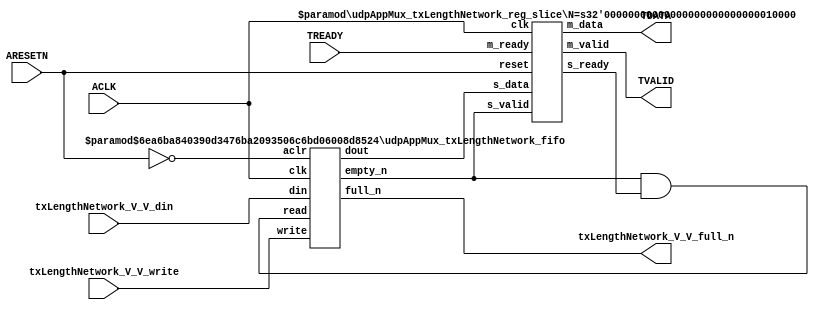
// This program was cloned from: https://github.com/mustafabbas/ECE1373_2016_hft_on_fpga
// License: MIT License

// ==============================================================
// File generated by Vivado(TM) HLS - High-Level Synthesis from C, C++ and SystemC
// Version: 2016.3
// Copyright (C) 1986-2016 Xilinx, Inc. All Rights Reserved.
// 
// ==============================================================


`timescale 1ns/1ps

module udpAppMux_txLengthNetwork_if (
    // AXI4-Stream singals
    input  wire        ACLK,
    input  wire        ARESETN,
    output wire        TVALID,
    input  wire        TREADY,
    output wire [15:0] TDATA,
    // User signals
    input  wire [15:0] txLengthNetwork_V_V_din,
    output wire        txLengthNetwork_V_V_full_n,
    input  wire        txLengthNetwork_V_V_write
);
//------------------------Local signal-------------------
// FIFO
wire [0:0]  fifo_read;
wire [0:0]  fifo_empty_n;
wire [15:0] txLengthNetwork_V_V_dout;
wire [0:0]  txLengthNetwork_V_V_empty_n;
// register slice
wire [0:0]  s_valid;
wire [0:0]  s_ready;
wire [15:0] s_data;
wire [0:0]  m_valid;
wire [0:0]  m_ready;
wire [15:0] m_data;

//------------------------Instantiation------------------
// rs
udpAppMux_txLengthNetwork_reg_slice #(
    .N       ( 16 )
) rs (
    .clk     ( ACLK ),
    .reset   ( ARESETN ),
    .s_data  ( s_data ),
    .s_valid ( s_valid ),
    .s_ready ( s_ready ),
    .m_data  ( m_data ),
    .m_valid ( m_valid ),
    .m_ready ( m_ready )
);

// txLengthNetwork_V_V_fifo
udpAppMux_txLengthNetwork_fifo #(
    .DATA_BITS  ( 16 ),
    .DEPTH_BITS ( 4 )
) txLengthNetwork_V_V_fifo (
    .clk        ( ACLK ),
    .aclr       ( ~ARESETN ),
    .empty_n    ( txLengthNetwork_V_V_empty_n ),
    .full_n     ( txLengthNetwork_V_V_full_n ),
    .read       ( fifo_read ),
    .write      ( txLengthNetwork_V_V_write ),
    .dout       ( txLengthNetwork_V_V_dout ),
    .din        ( txLengthNetwork_V_V_din )
);

//------------------------Body---------------------------
//++++++++++++++++++++++++AXI4-Stream++++++++++++++++++++
assign TVALID = m_valid;
assign TDATA  = m_data[15:0];

//+++++++++++++++++++++++++++++++++++++++++++++++++++++++

//++++++++++++++++++++++++Reigister Slice++++++++++++++++
assign s_valid = fifo_empty_n;
assign m_ready = TREADY;
assign s_data  = {txLengthNetwork_V_V_dout};

//+++++++++++++++++++++++++++++++++++++++++++++++++++++++

//++++++++++++++++++++++++FIFO+++++++++++++++++++++++++++
assign fifo_read    = fifo_empty_n & s_ready;
assign fifo_empty_n = txLengthNetwork_V_V_empty_n;

//+++++++++++++++++++++++++++++++++++++++++++++++++++++++

endmodule



`timescale 1ns/1ps

module udpAppMux_txLengthNetwork_fifo
#(parameter
    DATA_BITS  = 8,
    DEPTH_BITS = 4
)(
    input  wire                 clk,
    input  wire                 aclr,
    output wire                 empty_n,
    output wire                 full_n,
    input  wire                 read,
    input  wire                 write,
    output wire [DATA_BITS-1:0] dout,
    input  wire [DATA_BITS-1:0] din
);
//------------------------Parameter----------------------
localparam
    DEPTH = 1 << DEPTH_BITS;
//------------------------Local signal-------------------
reg                   empty;
reg                   full;
reg  [DEPTH_BITS-1:0] index;
reg  [DATA_BITS-1:0]  mem[0:DEPTH-1];
//------------------------Body---------------------------
assign empty_n = ~empty;
assign full_n  = ~full;
assign dout    = mem[index];

// empty
always @(posedge clk or posedge aclr) begin
    if (aclr)
        empty <= 1'b1;
    else if (empty & write & ~read)
        empty <= 1'b0;
    else if (~empty & ~write & read & (index==1'b0))
        empty <= 1'b1;
end

// full
always @(posedge clk or posedge aclr) begin
    if (aclr)
        full <= 1'b0;
    else if (full & read & ~write)
        full <= 1'b0;
    else if (~full & ~read & write & (index==DEPTH-2'd2))
        full <= 1'b1;
end

// index
always @(posedge clk or posedge aclr) begin
    if (aclr)
        index <= {DEPTH_BITS{1'b1}};
    else if (~empty & ~write & read)
        index <= index - 1'b1;
    else if (~full & ~read & write)
        index <= index + 1'b1;
end

// mem
always @(posedge clk) begin
    if (~full & write) mem[0] <= din;
end

genvar i;
generate
    for (i = 1; i < DEPTH; i = i + 1) begin : gen_sr
        always @(posedge clk) begin
            if (~full & write) mem[i] <= mem[i-1];
        end
    end
endgenerate

endmodule

`timescale 1ns/1ps

module udpAppMux_txLengthNetwork_reg_slice
#(parameter
    N = 8   // data width
) (
    // system signals
    input  wire         clk,
    input  wire         reset,
    // slave side
    input  wire [N-1:0] s_data,
    input  wire         s_valid,
    output wire         s_ready,
    // master side
    output wire [N-1:0] m_data,
    output wire         m_valid,
    input  wire         m_ready
);
//------------------------Parameter----------------------
// state
localparam [1:0]
    ZERO = 2'b10,
    ONE  = 2'b11,
    TWO  = 2'b01;
//------------------------Local signal-------------------
reg  [N-1:0] data_p1;
reg  [N-1:0] data_p2;
wire         load_p1;
wire         load_p2;
wire         load_p1_from_p2;
reg          s_ready_t;
reg  [1:0]   state;
reg  [1:0]   next;
//------------------------Body---------------------------
assign s_ready = s_ready_t;
assign m_data  = data_p1;
assign m_valid = state[0];

assign load_p1 = (state == ZERO && s_valid) ||
                 (state == ONE && s_valid && m_ready) ||
                 (state == TWO && m_ready);
assign load_p2 = s_valid & s_ready;
assign load_p1_from_p2 = (state == TWO);

// data_p1
always @(posedge clk) begin
    if (load_p1) begin
        if (load_p1_from_p2)
            data_p1 <= data_p2;
        else
            data_p1 <= s_data;
    end
end

// data_p2
always @(posedge clk) begin
    if (load_p2) data_p2 <= s_data;
end

// s_ready_t
always @(posedge clk) begin
    if (~reset)
        s_ready_t <= 1'b0;
    else if (state == ZERO)
        s_ready_t <= 1'b1;
    else if (state == ONE && next == TWO)
        s_ready_t <= 1'b0;
    else if (state == TWO && next == ONE)
        s_ready_t <= 1'b1;
end

// state
always @(posedge clk) begin
    if (~reset)
        state <= ZERO;
    else
        state <= next;
end

// next
always @(*) begin
    case (state)
        ZERO:
            if (s_valid & s_ready)
                next = ONE;
            else
                next = ZERO;
        ONE:
            if (~s_valid & m_ready)
                next = ZERO;
            else if (s_valid & ~m_ready)
                next = TWO;
            else
                next = ONE;
        TWO:
            if (m_ready)
                next = ONE;
            else
                next = TWO;
        default:
            next = ZERO;
    endcase
end

endmodule